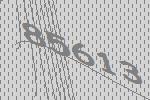
85613